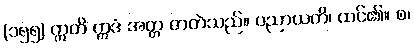
(၁၅၅) ဣတိ ဣဒံ အတ္တ ဇာတဲသည်။ ပညာယတိ၊ ထင်၏။ စ၊